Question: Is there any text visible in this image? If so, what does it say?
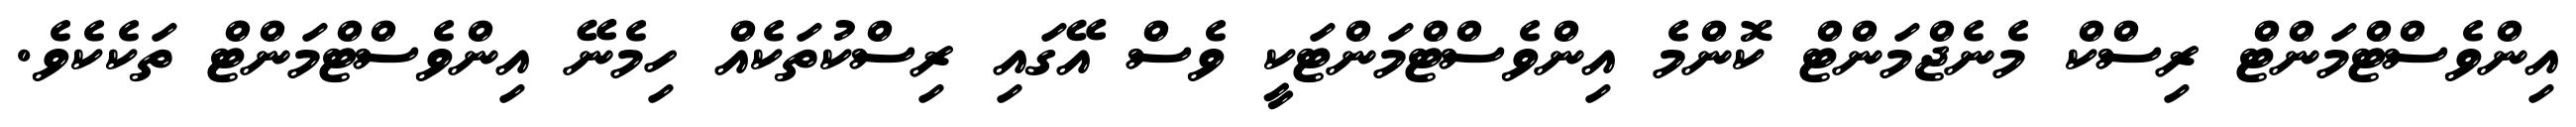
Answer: އިންވެސްޓްމަންޓް ރިސްކް މެނެޖްމަންޓް ކޮންމެ އިންވެސްޓްމަންޓަކީ ވެސް އޭގައި ރިސްކުތަކެއް ހިމެނޭ އިންވެސްޓްމަންޓް ތަކެކެވެ.